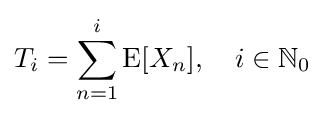
T_{i}=\sum _{n=1}^{i}\operatorname {E} [X_{n}],\quad i\in {\mathbb {N} }_{0}